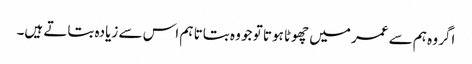
اگر وہ ہم سے عمر میں چھوٹا ہوتا تو جو وہ بتاتا ہم اس سے زیادہ بتاتے ہیں۔